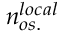
n _ { o s . } ^ { l o c a l }